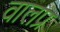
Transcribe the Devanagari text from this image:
वालप्र